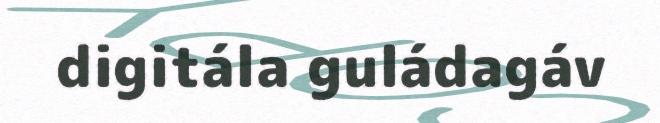
digitála guládagáv